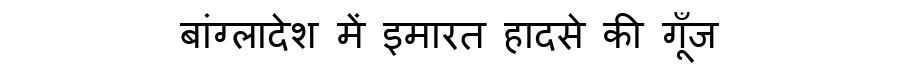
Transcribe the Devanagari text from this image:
बांग्लादेश में इमारत हादसे की गूँज